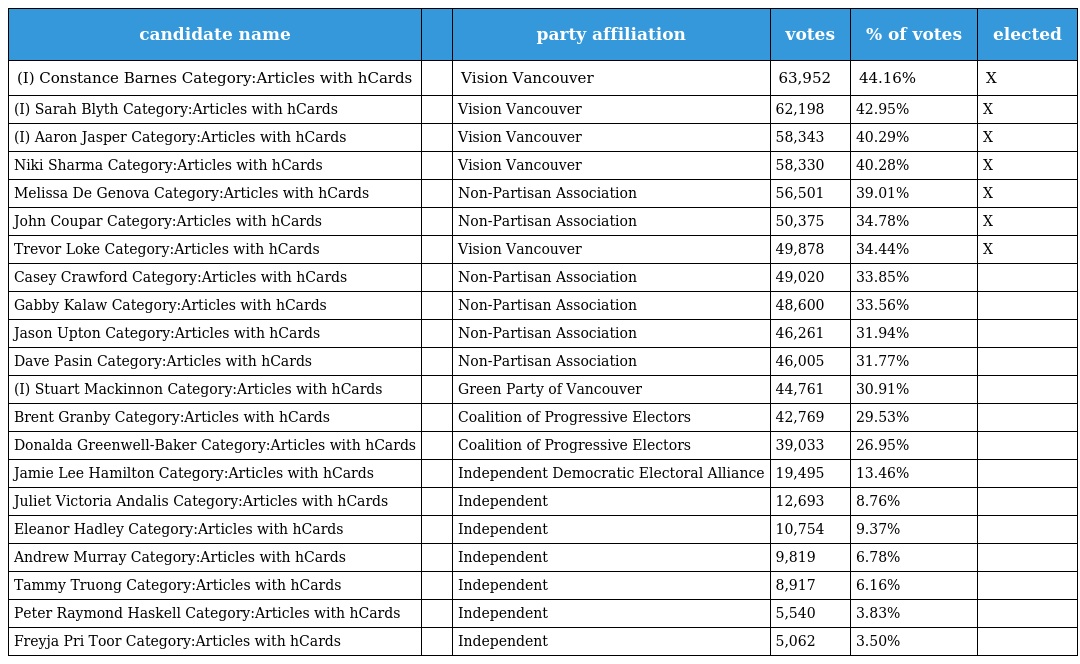
| candidate name |  | party affiliation | votes | % of votes | elected |
 | --- | --- | --- | --- | --- | --- |
 | (I) Constance Barnes Category:Articles with hCards |  | Vision Vancouver | 63,952 | 44.16% | X |
 | (I) Sarah Blyth Category:Articles with hCards |  | Vision Vancouver | 62,198 | 42.95% | X |
 | (I) Aaron Jasper Category:Articles with hCards |  | Vision Vancouver | 58,343 | 40.29% | X |
 | Niki Sharma Category:Articles with hCards |  | Vision Vancouver | 58,330 | 40.28% | X |
 | Melissa De Genova Category:Articles with hCards |  | Non-Partisan Association | 56,501 | 39.01% | X |
 | John Coupar Category:Articles with hCards |  | Non-Partisan Association | 50,375 | 34.78% | X |
 | Trevor Loke Category:Articles with hCards |  | Vision Vancouver | 49,878 | 34.44% | X |
 | Casey Crawford Category:Articles with hCards |  | Non-Partisan Association | 49,020 | 33.85% |  |
 | Gabby Kalaw Category:Articles with hCards |  | Non-Partisan Association | 48,600 | 33.56% |  |
 | Jason Upton Category:Articles with hCards |  | Non-Partisan Association | 46,261 | 31.94% |  |
 | Dave Pasin Category:Articles with hCards |  | Non-Partisan Association | 46,005 | 31.77% |  |
 | (I) Stuart Mackinnon Category:Articles with hCards |  | Green Party of Vancouver | 44,761 | 30.91% |  |
 | Brent Granby Category:Articles with hCards |  | Coalition of Progressive Electors | 42,769 | 29.53% |  |
 | Donalda Greenwell-Baker Category:Articles with hCards |  | Coalition of Progressive Electors | 39,033 | 26.95% |  |
 | Jamie Lee Hamilton Category:Articles with hCards |  | Independent Democratic Electoral Alliance | 19,495 | 13.46% |  |
 | Juliet Victoria Andalis Category:Articles with hCards |  | Independent | 12,693 | 8.76% |  |
 | Eleanor Hadley Category:Articles with hCards |  | Independent | 10,754 | 9.37% |  |
 | Andrew Murray Category:Articles with hCards |  | Independent | 9,819 | 6.78% |  |
 | Tammy Truong Category:Articles with hCards |  | Independent | 8,917 | 6.16% |  |
 | Peter Raymond Haskell Category:Articles with hCards |  | Independent | 5,540 | 3.83% |  |
 | Freyja Pri Toor Category:Articles with hCards |  | Independent | 5,062 | 3.50% |  |